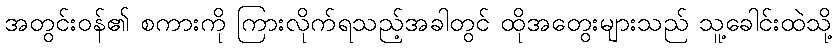
အတွင်းဝန်၏ စကားကို ကြားလိုက်ရသည့်အခါတွင် ထိုအတွေးများသည် သူ့ခေါင်းထဲသို့